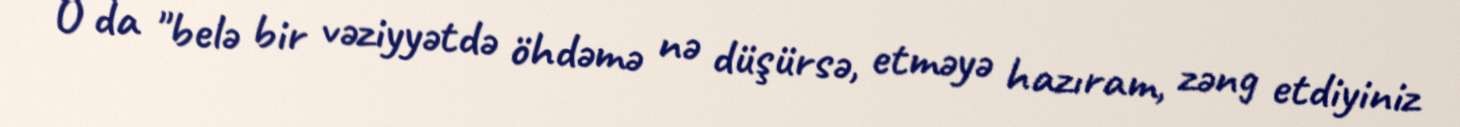
O da "belə bir vəziyyətdə öhdəmə nə düşürsə, etməyə hazıram, zəng etdiyiniz